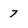
Character: 7